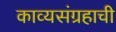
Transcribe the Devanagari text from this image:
काव्यसंग्रहाची